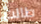
طالت